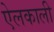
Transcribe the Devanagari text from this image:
ऐलकाली